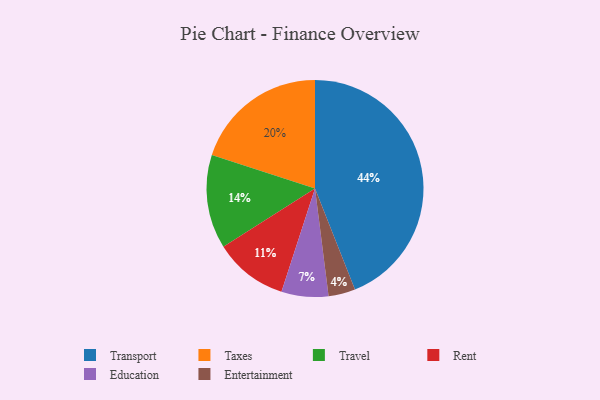
{"axis": {"x": "Category", "y": "Percentage"}, "legend": ["Education", "Entertainment", "Rent", "Taxes", "Transport", "Travel"], "data": [{"x": "Transport", "y": 44, "type": "Transport"}, {"x": "Travel", "y": 14, "type": "Travel"}, {"x": "Taxes", "y": 20, "type": "Taxes"}, {"x": "Entertainment", "y": 4, "type": "Entertainment"}, {"x": "Rent", "y": 11, "type": "Rent"}, {"x": "Education", "y": 7, "type": "Education"}]}